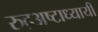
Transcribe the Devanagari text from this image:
रुद्रअष्‍टाध्‍यायी